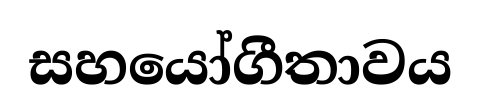
සහයෝගීතාවය